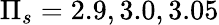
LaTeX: \Pi_{s}=2.9,3.0,3.05